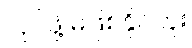
လုပ်ဖို့ မဖြစ်နိုင်ဘူး